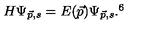
H \Psi _ { \vec { p } , s } = E ( \vec { p } ) \Psi _ { \vec { p } , s } . \footnotemark [ 6 ]